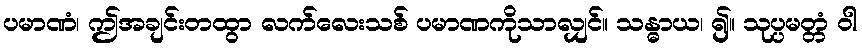
ပမာဏံ၊ ဤအချင်းတထွာ လက်လေးသစ် ပမာဏကိုသာလျှင်။ သန္ဓာယ၊ ၍။ သုပ္ပမတ္တံ ဝါ